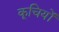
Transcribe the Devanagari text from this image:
कूचियों